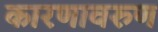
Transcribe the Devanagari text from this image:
कारणावरुण